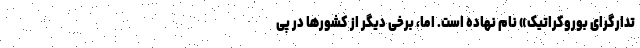
تدارگرای بوروکراتیک» نام ‌نهاده است. اما، برخی دیگر از کشورها در پی